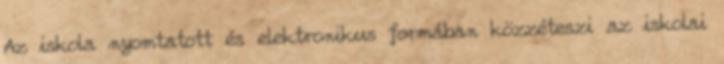
Az iskola nyomtatott és elektronikus formában közzéteszi az iskolai